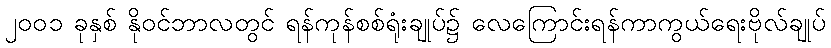
၂၀၀၁ ခုနှစ် နိုဝင်ဘာလတွင် ရန်ကုန်စစ်ရုံးချုပ်၌ လေကြောင်းရန်ကာကွယ်ရေးဗိုလ်ချုပ်